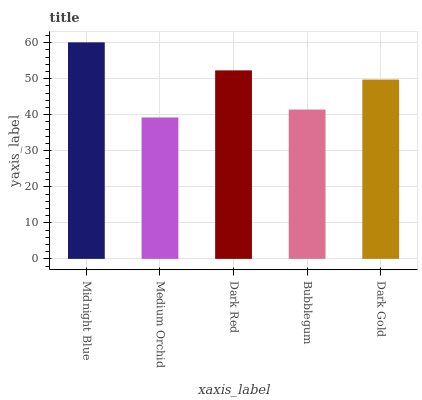
| xaxis_label | bars |
 | --- | --- |
 | Midnight Blue | 60.1 |
 | Medium Orchid | 39.3 |
 | Dark Red | 52.3 |
 | Bubblegum | 41.5 |
 | Dark Gold | 49.8 |